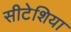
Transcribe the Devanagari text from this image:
सीटेशिया